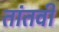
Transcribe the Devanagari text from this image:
तांतवी